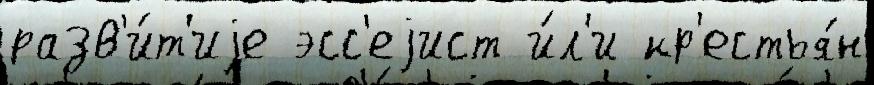
разв'и́т'иjе эсс'еjист и́л'и кр'естья́н